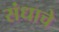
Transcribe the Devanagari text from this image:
संधाचे